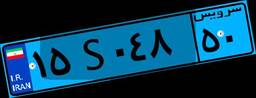
۳۴S۱۵۰۵۱